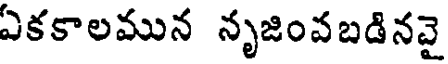
ఏకకాలమున నృజింవబడినవై